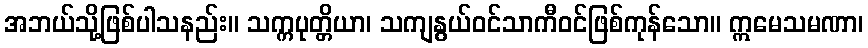
အဘယ်သို့ဖြစ်ပါသနည်း။ သက္ကပုတ္တိယာ၊ သကျနွယ်ဝင်သာကီဝင်ဖြစ်ကုန်သော။ ဣမေသမဏာ၊